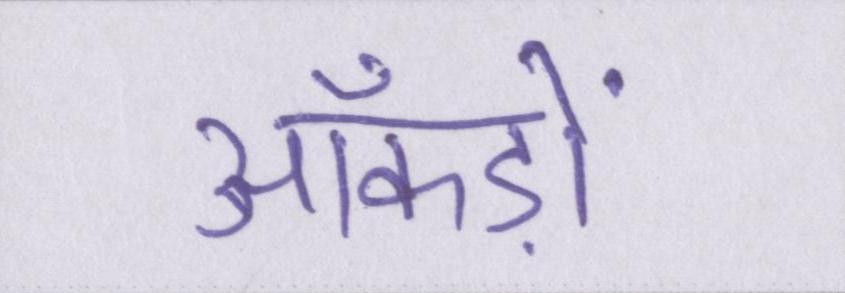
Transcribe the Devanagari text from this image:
आँकड़ों